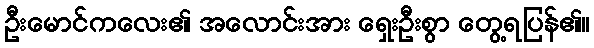
ဦးမောင်ကလေး၏ အလောင်းအား ရှေးဦးစွာ တွေ့ရပြန်၏။